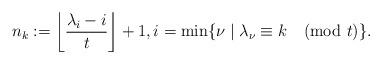
LaTeX: \begin{align*}n_k:=\left\lfloor \frac{\lambda_i-i}{t}\right\rfloor+1, i=\min\lbrace \nu \mid \lambda_\nu \equiv k \pmod t\rbrace.\end{align*}